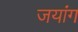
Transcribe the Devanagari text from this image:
जयांग